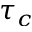
\tau _ { c }